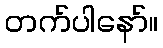
တက်ပါနော်။